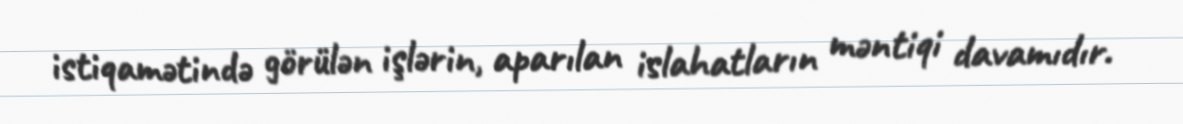
istiqamətində görülən işlərin, aparılan islahatların məntiqi davamıdır.